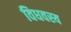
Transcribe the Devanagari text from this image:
विधवस्य